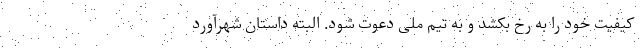
کیفیت خود را به رخ بکشد و به تیم ملی دعوت شود. البته داستان شهرآورد